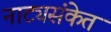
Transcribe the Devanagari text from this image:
नाट्यसंकेत